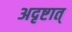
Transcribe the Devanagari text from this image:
अदृष्टात्